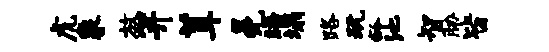
虎象放笄茸冕晤塌路玩龄池智胁皆